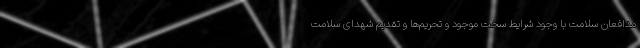
مدافعان سلامت با وجود شرایط سخت موجود و تحریم‌ها و تقدیم شهدای سلامت